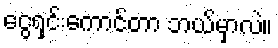
ငွေရှင်းကောင်တာ ဘယ်မှာလဲ။